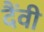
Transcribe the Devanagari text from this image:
दैंवी